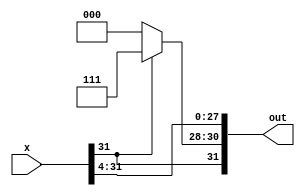
module bit4_right_shifter(x, out);
    input [31:0] x;
    
    output [31:0] out;

    assign out[27:0] = x[31:4];
    assign out[30:28] = x[31] ? 3'b111 : 3'b0;
    assign out[31] = x[31];
endmodule